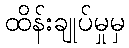
ထိန်းချုပ်မှုမှ